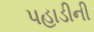
પહાડીની